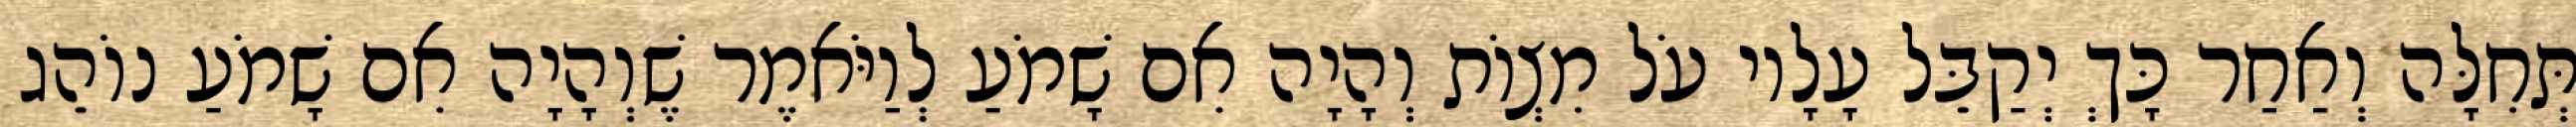
תְּחִלָּה וְאַחַר כָּךְ יְקַבֵּל עָלָיו עֹל מִצְוֹת וְהָיָה אִם שָׁמֹעַ לְוַיֹּאמֶר שֶׁוְהָיָה אִם שָׁמֹעַ נוֹהֵג